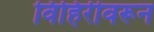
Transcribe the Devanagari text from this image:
विहिरीवरून